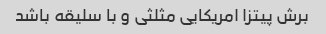
برش پیتزا امریکایی مثلثی و با سلیقه باشد